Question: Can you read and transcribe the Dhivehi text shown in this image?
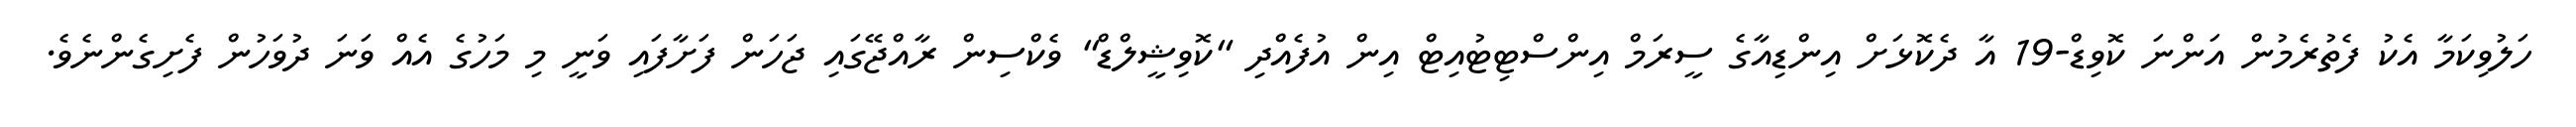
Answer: ހަލުވިކަމާ އެކު ފެތުރެމުން އަންނަ ކޮވިޑް-19 އާ ދެކޮޅަށް އިންޑިއާގެ ސީރަމް އިންސްޓިޓުއިޓް އިން އުފެއްދި "ކޮވިޝީލްޑް" ވެކްސިން ރާއްޖޭގައި ޖަހަން ފަށާފައި ވަނީ މި މަހުގެ އެއް ވަނަ ދުވަހުން ފެށިގެންނެވެ.